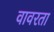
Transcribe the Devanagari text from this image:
वावरता